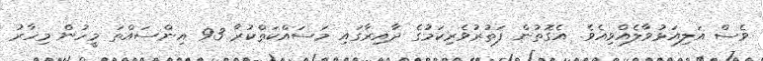
ވެސް އަލިއަޅުވާލެއްވިއެވެ. އެގޮތުން ފަތުރުވެރިކަމުގެ ދާއިރާގައި މަސައްކަތްކުރާ 93 އިންސައްތަ މީހުން މިހާރު